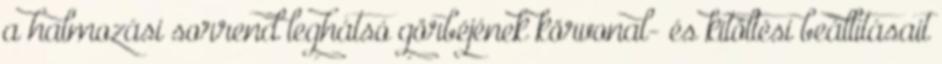
a halmozási sorrend leghátsó görbéjének körvonal- és kitöltési beállításait